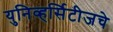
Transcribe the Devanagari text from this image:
युनिव्हर्सिटीजचे